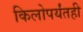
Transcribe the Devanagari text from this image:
किलोपर्यंतही